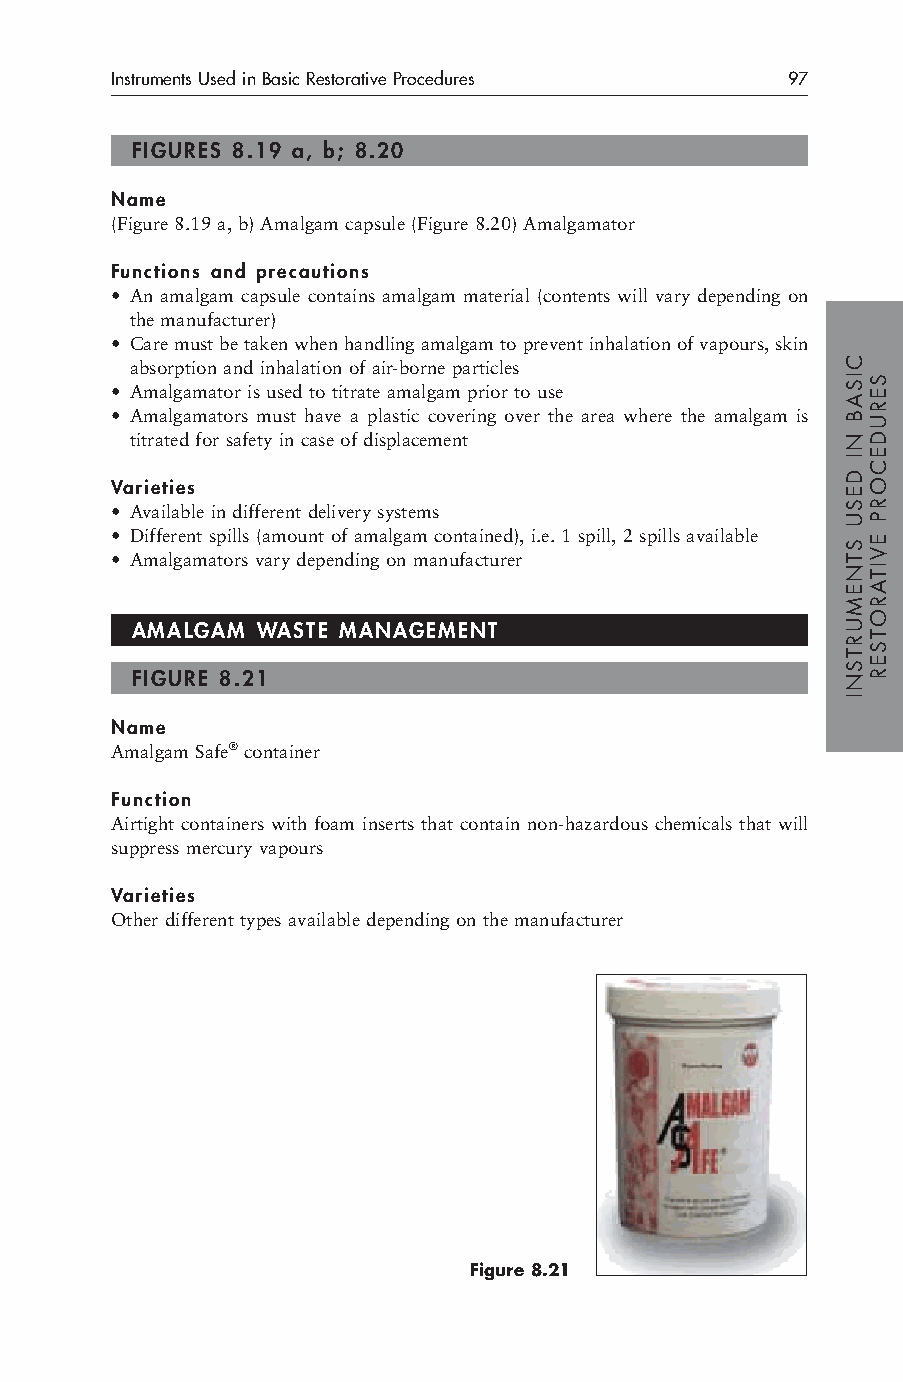
Instruments Used in Basic Restorative Procedures 97
 FIGURES 8.19 a, b; 8.20
 Name
 (Figure 8.19 a, b) Amalgam capsule (Figure 8.20) Amalgamator
 Functions and precautions
 • An amalgam capsule contains amalgam material (contents will vary depending on
 the manufacturer)
 • Care must be taken when handling amalgam to prevent inhalation of vapours, skin
 absorption and inhalation of air-borne particles
 • Amalgamator is used to titrate amalgam prior to use
 • Amalgamators must have a plastic covering over the area where the amalgam is
 titrated for safety in case of displacement
 Varieties
 • Available in different delivery systems
 • Different spills (amount of amalgam contained), i.e. 1 spill, 2 spills available
 • Amalgamators vary depending on manufacturer
 AMALGAM WASTE MANAGEMENT
 FIGURE 8.21
 Name
 Amalgam Safe®container
 Function
 Airtight containers with foam inserts that contain non-hazardous chemicals that will
 suppress mercury vapours
 Varieties
 Other different types available depending on the manufacturer
 Figure 8.21
 CISAB
 NI
 DESU
 STNEMURTSNI
 SERUDECORP
 EVITAROTSER